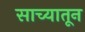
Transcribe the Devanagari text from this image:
साच्यातून